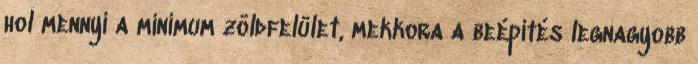
hol mennyi a minimum zöldfelület, mekkora a beépítés legnagyobb